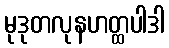
မုဒုတလုနဟတ္ထပါဒါ